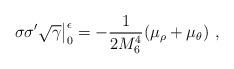
LaTeX: \begin{align*} \sigma\sigma^\prime\sqrt{\gamma} \big|_0^\epsilon = -\frac{1}{2 M_6^4}(\mu_\rho +\mu_\theta)~,\end{align*}